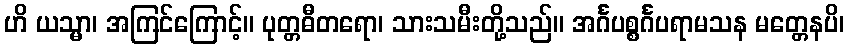
ဟိ ယသ္မာ၊ အကြင်ကြောင့်။ ပုတ္တဓီတရော၊ သားသမီးတို့သည်။ အင်္ဂပစ္စင်္ဂပရာမသန မတ္တေနပိ၊